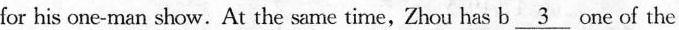
for his one-man show.At the same time, Zhou has b\underline{3} one of the